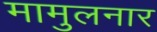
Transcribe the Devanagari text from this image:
मामुलनार